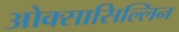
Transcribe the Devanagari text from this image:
ओक्सासिल्लिन